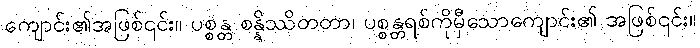
ကျောင်း၏အဖြစ်၎င်း။ ပစ္စန္တ စန္နိဿိတတာ၊ ပစ္စန္တရစ်ကိုမှီသောကျောင်း၏ အဖြစ်၎င်း။